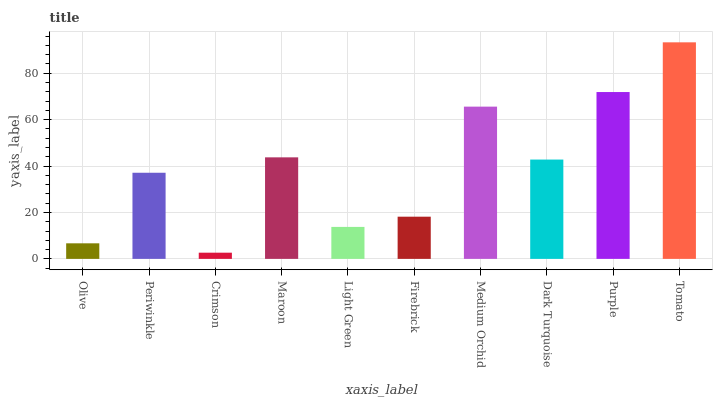
| xaxis_label | bars |
 | --- | --- |
 | Olive | 6.71 |
 | Periwinkle | 37.1 |
 | Crimson | 2.67 |
 | Maroon | 43.7 |
 | Light Green | 13.8 |
 | Firebrick | 18.2 |
 | Medium Orchid | 65.6 |
 | Dark Turquoise | 42.8 |
 | Purple | 71.9 |
 | Tomato | 93.3 |